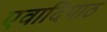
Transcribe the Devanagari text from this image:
एवादिपाठ